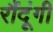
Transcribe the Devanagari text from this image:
रौंदूंगी